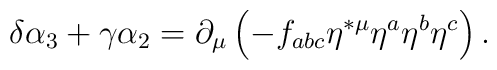
\delta \alpha _3+\gamma \alpha _2=\partial _\mu \left(-f_{abc}\eta ^{*\mu }\eta ^a\eta ^b\eta ^c\right) .